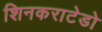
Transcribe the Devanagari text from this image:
शिनकराटेडो